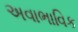
અવાભાવિક